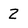
Character: 2